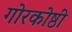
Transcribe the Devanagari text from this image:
गोरकोष्ठी